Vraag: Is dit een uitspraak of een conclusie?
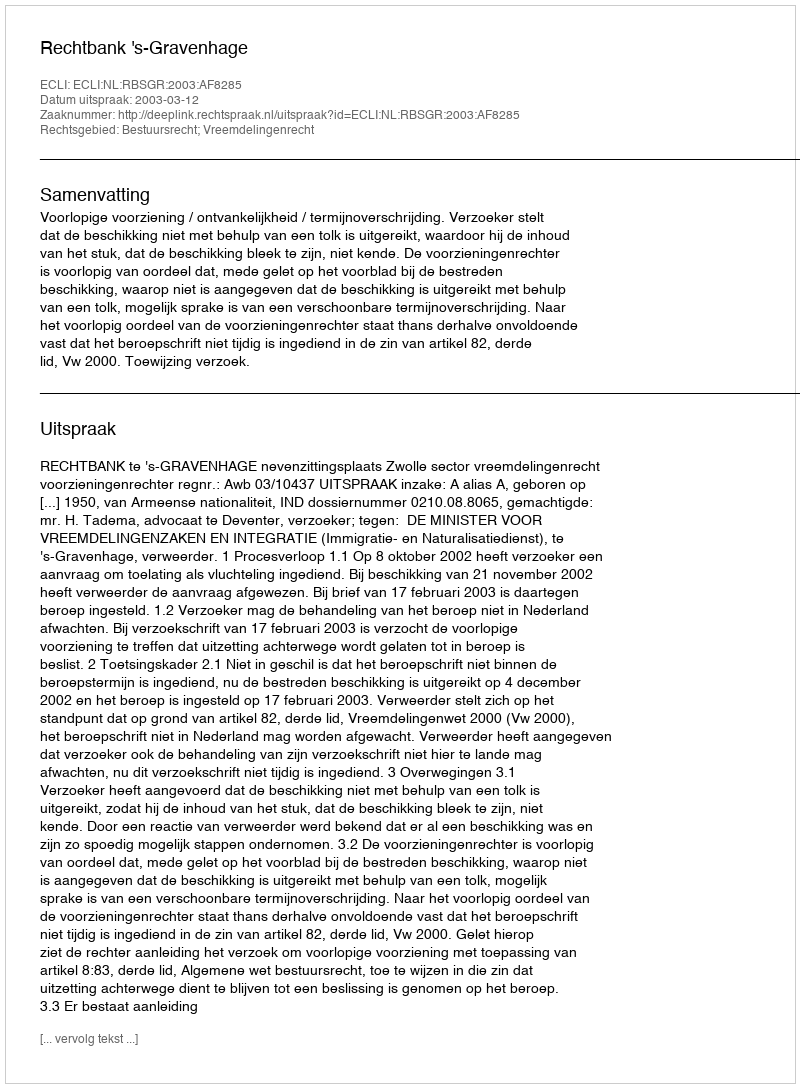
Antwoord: Uitspraak